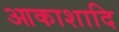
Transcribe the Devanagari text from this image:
आकाशादि